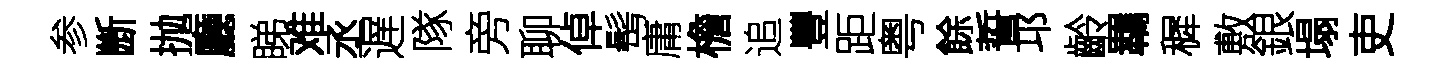
参㫁抛廳睇难丞遅隊旁聊倬髩庸檐追豐距粤餘誓邛齡羈穉敷銀塌吏